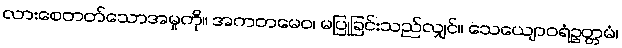
လားစေတတ်သောအမှုကို။ အကတမေဝ၊ မပြုခြင်းသည်လျှင်။ သေယျောဝရံဥတ္တမံ၊